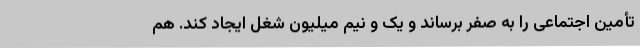
تأمین اجتماعی را به صفر برساند و یک و نیم میلیون شغل ایجاد کند. هم